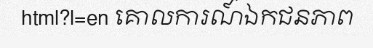
html?l=en គោលការណ៍ឯកជនភាព